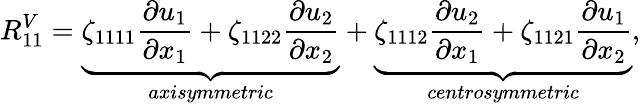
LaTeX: R_{11}^{V}=\underbrace{\zeta_{1111}\frac{\partial u_{1}}{\partial x_{1}}+\zeta_{1122}\frac{\partial u_{2}}{\partial x_{2}}}_{axisymmetric}+\underbrace{\zeta_{1112}\frac{\partial u_{2}}{\partial x_{1}}+\zeta_{1121}\frac{\partial u_{1}}{\partial x_{2}}}_{centrosymmetric},